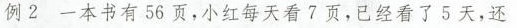
例2 一本书有56页，小红每天看7页，已经看了5天，还